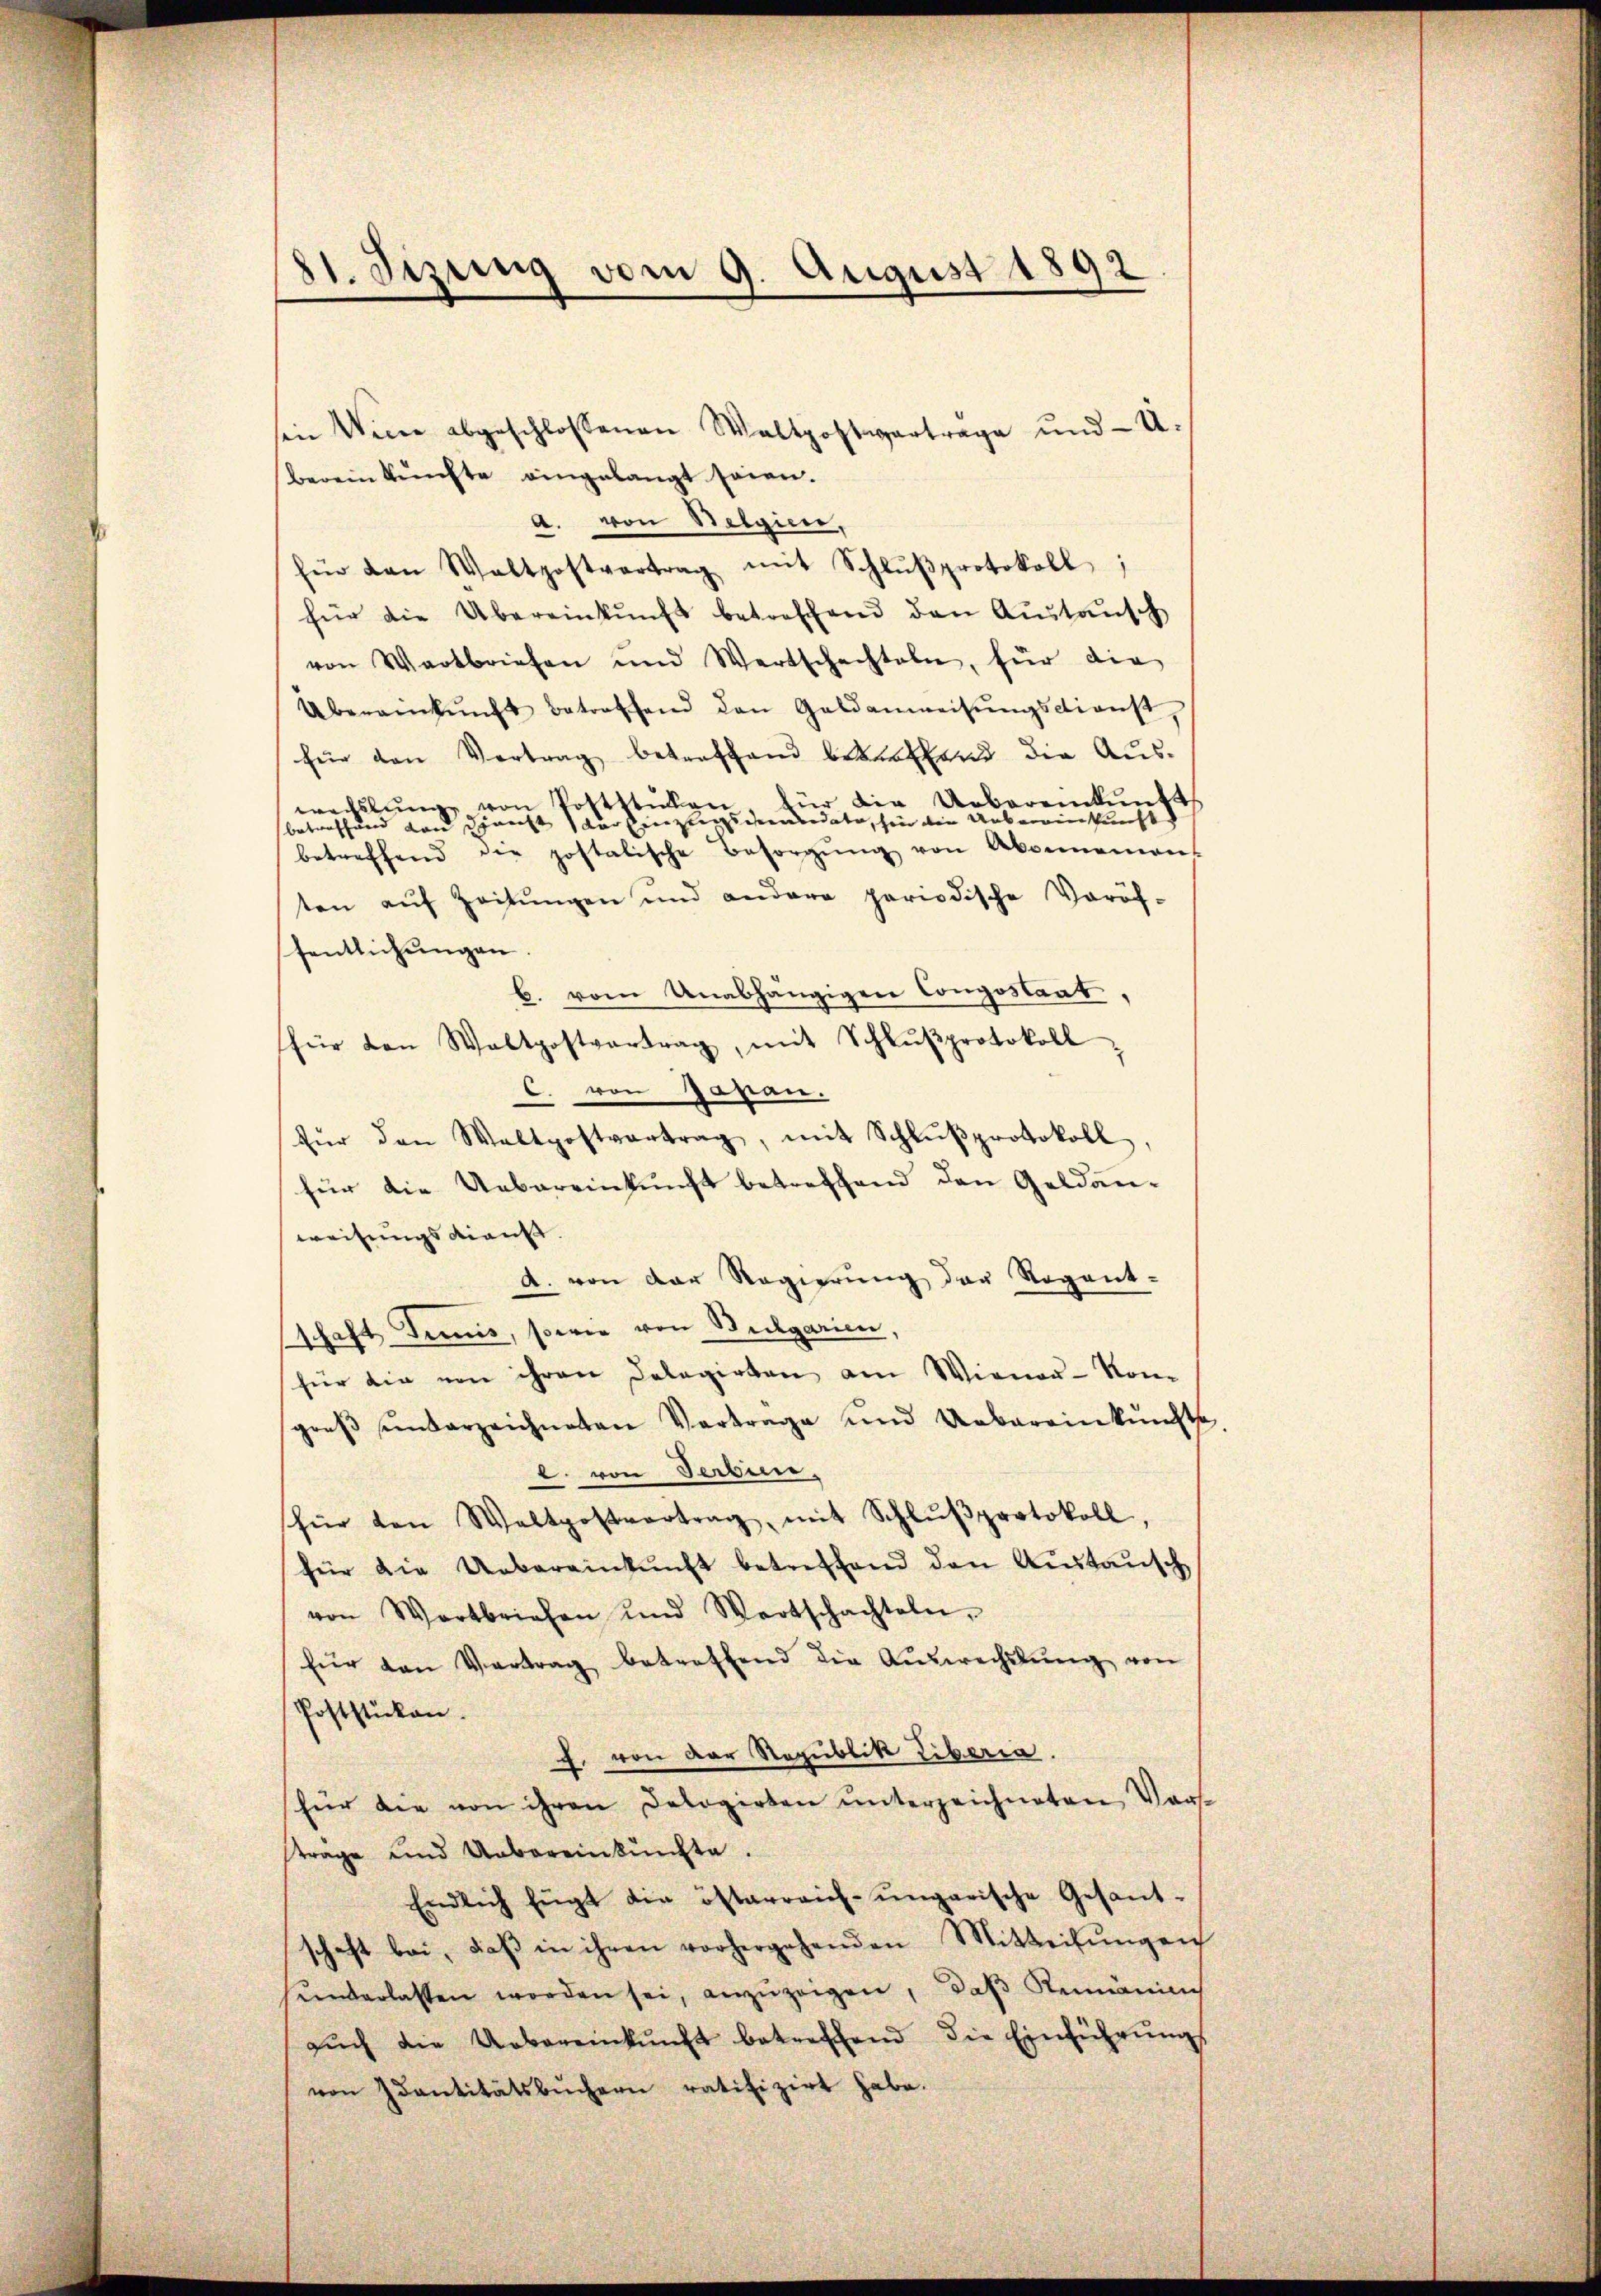
81. Sizung vom 9. August 1892

sen Wien abgeschlossenen Waltpostverträge und U.
berein künfte eingelangt seien.
A. von Belgien,
für den Waltpostvertrag mit Schlŭβprotokoll,
für die Übereinkŭnft betreffend den Aŭstaŭsch
von Wartbriefen und Wertschachteln, für die
Übereinkŭnft betreffend den Geldanweisŭngsdienst
für den Vertrag betreffend betreffend die Ausfür die Uebereinkunft
wechslunge von Pottstillen
betreffend von danecht der Einzendenendete, sie die Uebereinkunft
betreffend die postatische Besorgŭng von Abonneman
ten aŭf Zeitŭngen und andere periodische Voröf-
sentlichungen.
b. vom Unabhängigen Congostaat,
für den Waltpostvertrag, mit Schlŭβprotokoll
c. von Gasan.
für den Waltpostvertrag, mit Schlŭβprotokoll,
für die Uebereinkunft betreffend den Geldanweisungsdienst.
a. von der Regierung der Regent-
schaft Tunis, sowie von Bulgarien,
hier die von ihren Delegirten am Wiener-Kon
greβ ŭnterzeichneten Vortrage und Uebereinkunfts
1. von Verbin
für von Waltpostvertrag, mit Schlŭβprotokoll,
für die Uebereinkunft betreffend den Austausch
von Wortbriefen und Wortschachteln,
für den Vertrag betreffend die Aŭswechslung von
Poststücken.
f. von der Republik Tiberia.
shier die von ihren Dologirten unterzeichneten Vors
träge und Uebereinkünfte.
Endlich fügt die österreich-ungarische Gesant-
schaft bei, daβ in ihren vorhergehenden Mitteilŭngen
sederlassen worden sei, anzŭzeigen, daß Remanie
aŭch die Uebereinkunft betreffend die Einführŭngs
von Quantitätsbŭchern ratifizirt habe.